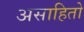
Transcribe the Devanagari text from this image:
असाहितो